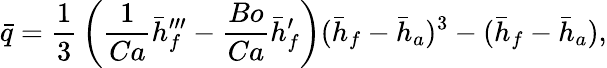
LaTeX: \bar{q}={\frac{1}{3}}\left({\frac{1}{Ca}}\bar{h}_{f}^{\prime\prime\prime}-{\frac{Bo}{Ca}}\bar{h}_{f}^{\prime}\right)(\bar{h}_{f}-\bar{h}_{a})^{3}-(\bar{h}_{f}-\bar{h}_{a}),